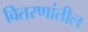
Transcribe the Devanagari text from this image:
वितरणांतील